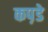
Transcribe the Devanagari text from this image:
कप़डे